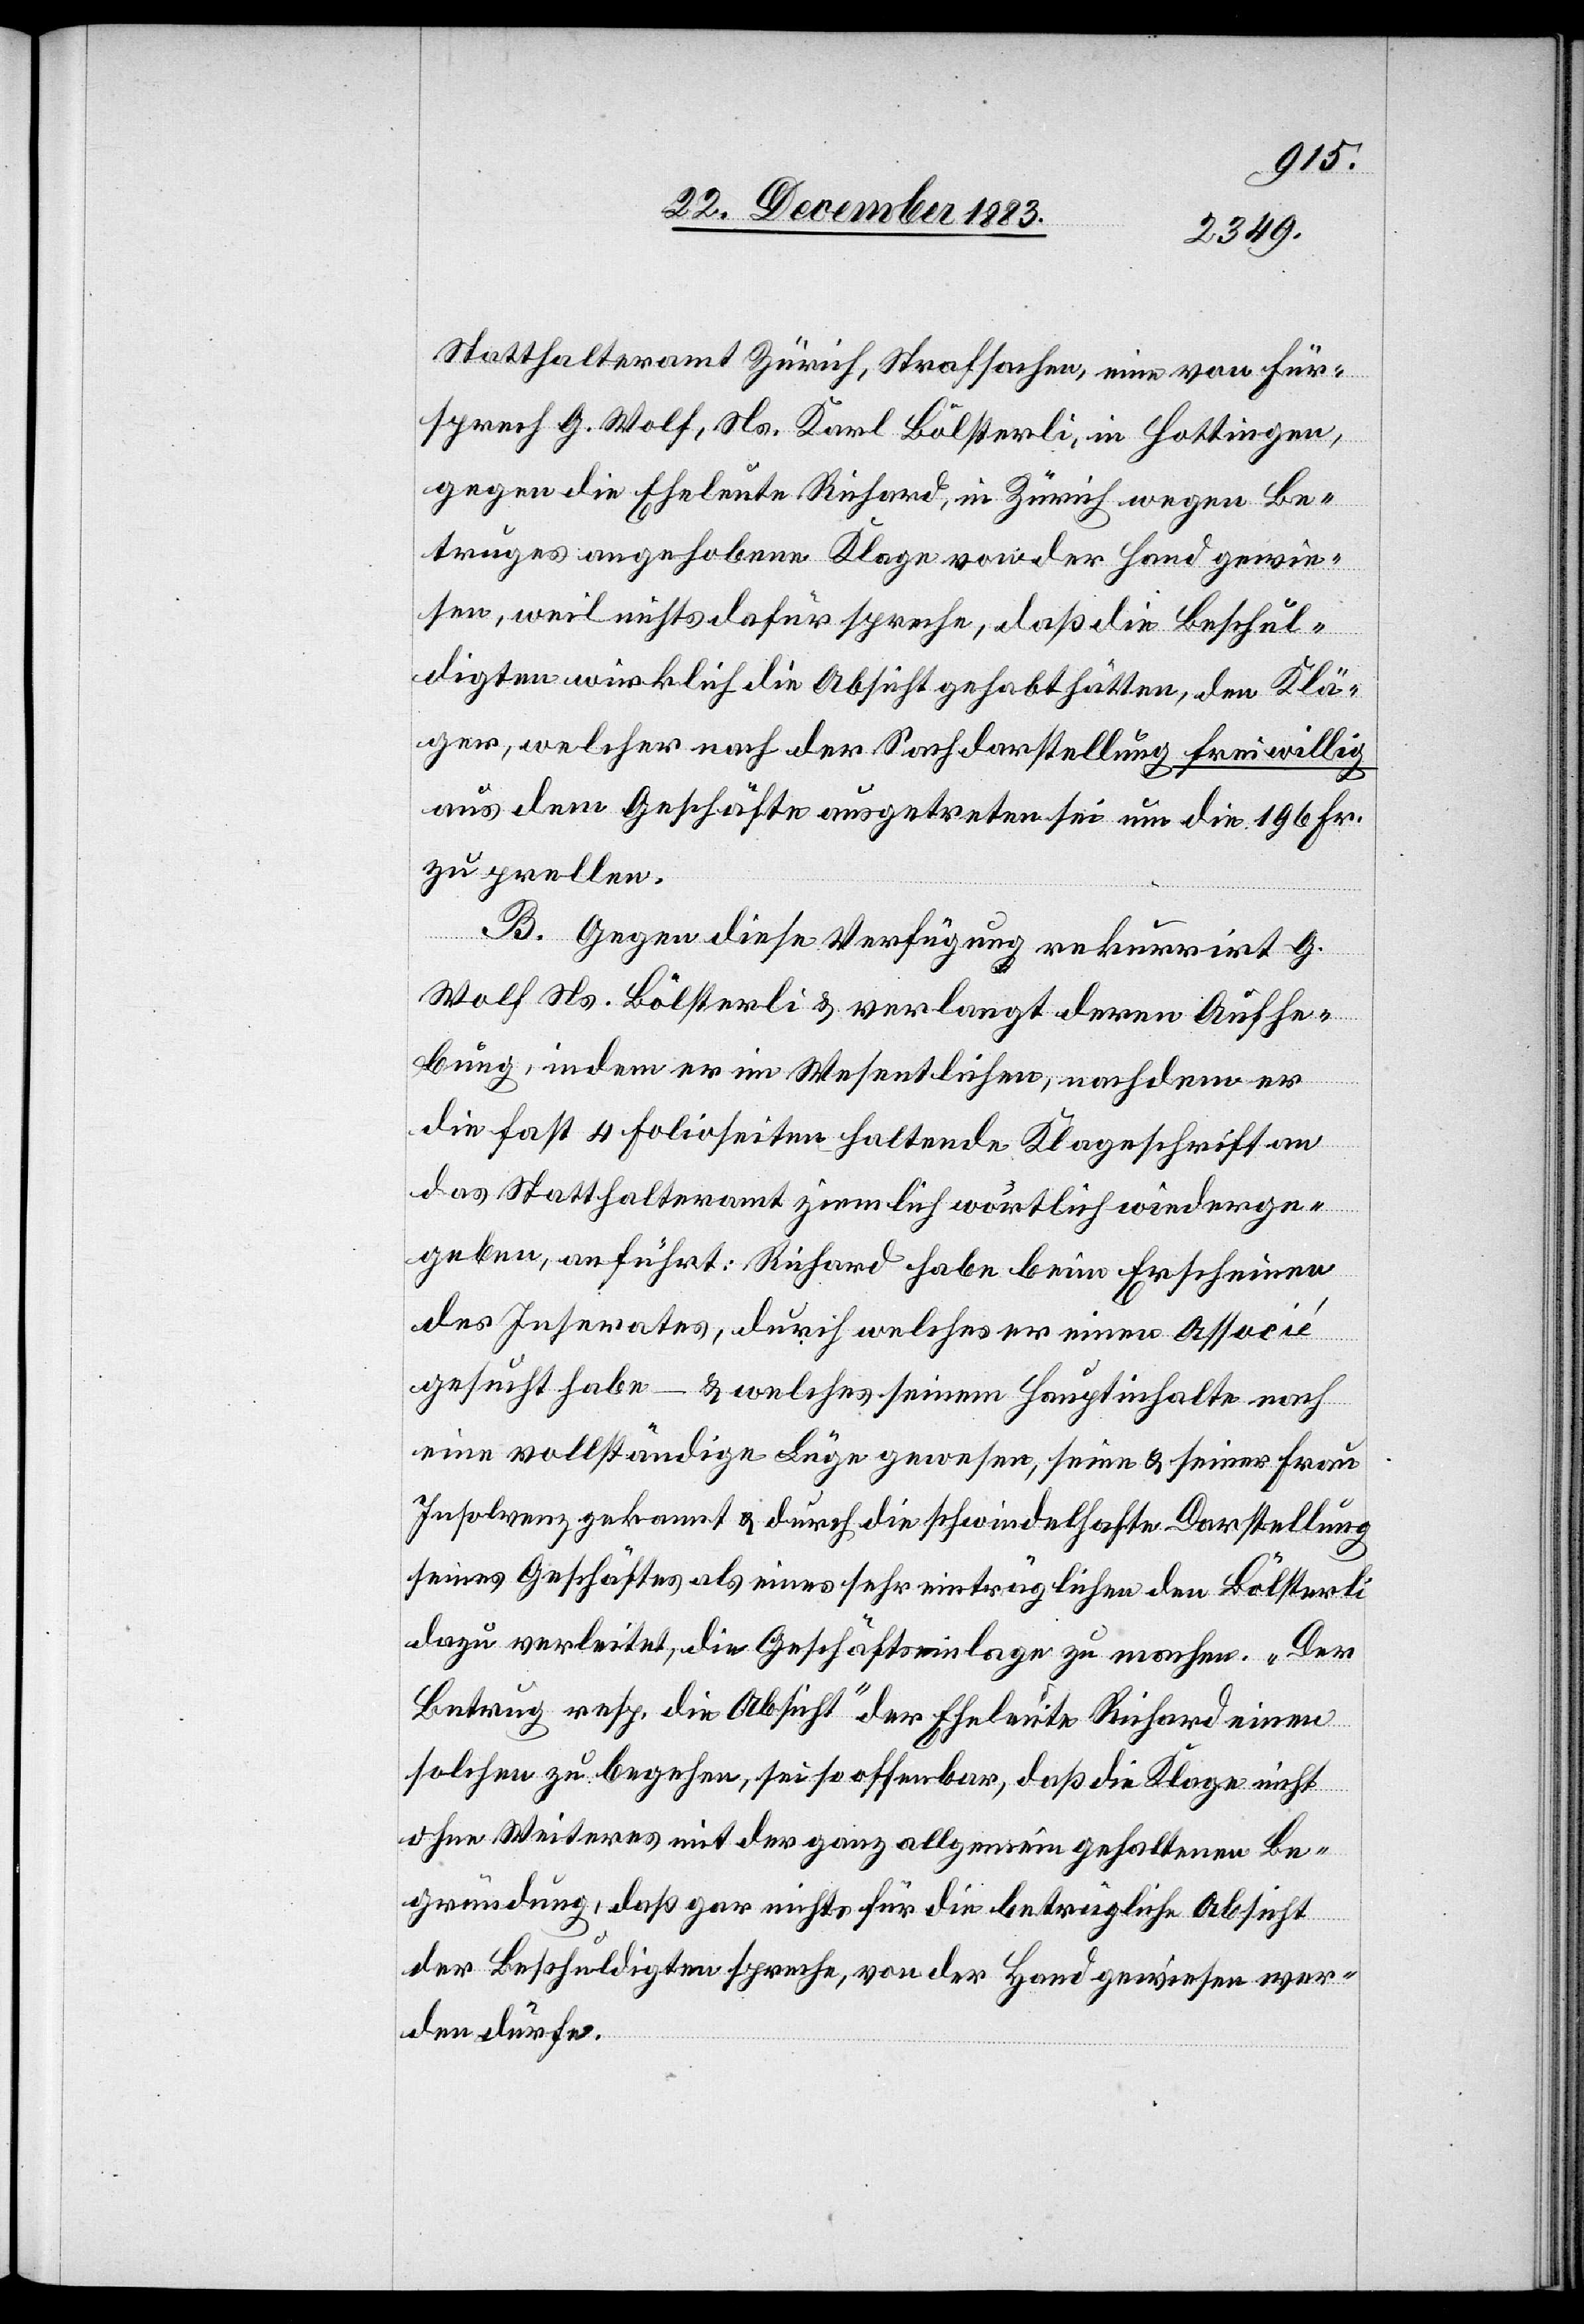
Statthalteramt Zürich, Strafsachen, eine von Für¬
sprech G. Wolf, Ns. Karl Bölsterli, in Hottingen,
gegen die Eheleute Richard, in Zürich wegen Be¬
truges angehobene Klage von der Hand gewie¬
sen, weil nichts dafür spreche, daß die Beschul¬
digten wirklich die Absicht gehabt hätten, den Klä¬
ger, welcher nach der Sachdarstellung freiwillig
aus dem Geschäfte ausgetreten sei um die 196 Fr.
zu prellen.
B. Gegen diese Verfügung rekurrirt G.
Wolf Ns. Bölsterli & verlangt deren Aufhe¬
bung, indem er im Wesentlichen, nachdem er
die fast 4 Folioseiten haltende Klageschrift an
das Statthalteramt ziemlich wörtlich wiederge¬
geben, anführt: Richard habe beim Erscheinen
des Inserates, durch welches er einen Associé
gesucht habe – & welches seinem Hauptinhalte nach
eine vollständige Lüge gewesen, seine & seiner Frau
Insolvenz gekannt & durch die schwindelhafte Darstellung
seines Geschäftes als eines sehr einträglichen den Bölsterli
dazu verleitet, die Geschäftseinlage zu machen. „Der
Betrug resp. die Absicht“ der Eheleute Richard einen
solchen zu begehen, sei so offenbar, daß die Klage nicht
ohne Weiteres mit der ganz allgemein gehaltenen Be¬
gründung, daß gar nichts für die betrügliche Absicht
der Beschuldigten spreche, von der Hand gewiesen wer¬
den dürfe.